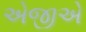
એજીએ